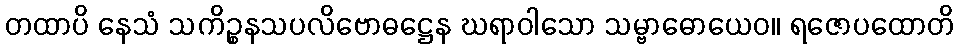
တထာပိ နေသံ သကိဉ္စနသပလိဗောဓဋ္ဌေန ဃရာဝါသော သမ္ဗာဓောယေဝ။ ရဇောပထောတိ